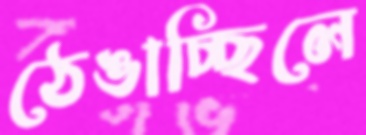
ঠেঙাচ্ছিলে